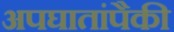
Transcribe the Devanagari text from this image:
अपघातांपैकी